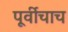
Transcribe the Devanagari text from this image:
पूर्वीचाच